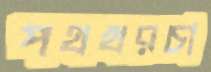
পথখরচা